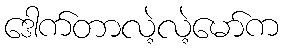
ဒေါက်တာလဲ့လဲ့မော်က